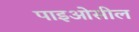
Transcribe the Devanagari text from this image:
पाइओसील